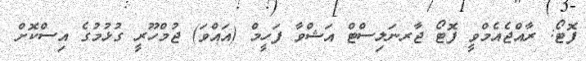
ފޮޓޯ: ރާއްޖެއެމްވީ ފޮޓޯ ޖާރނަލިސްޓް އަޝްވާ ފަހީމް (އައްވަ) ޖުމްހޫރީ ގުޅުމުގެ އިސްކޮށް